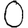
Digit: 0